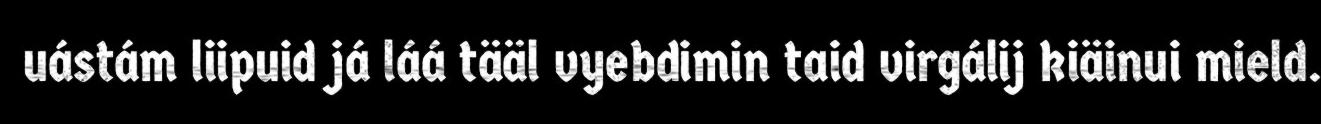
uástám liipuid já láá tääl vyebdimin taid virgálij kiäinui mield.